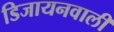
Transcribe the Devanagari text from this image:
डिजायनवाली